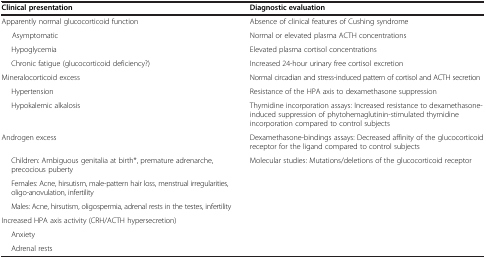
| Clinical presentation | Diagnostic evaluation |
 | --- | --- |
 | Apparently normal glucocorticoid function | Absence of clinical features of Cushing syndrome |
 | Asymptomatic | Normal or elevated plasma ACTH concentrations |
 | Hypoglycemia | Elevated plasma cortisol concentrations |
 | Chronic fatigue (glucocorticoid deficiency?) | Increased 24-hour urinary free cortisol excretion |
 | Mineralocorticoid excess | Normal circadian and stress-induced pattern of cortisol and ACTH secretion |
 | Hypertension | Resistance of the HPA axis to dexamethasone suppression |
 | Hypokalemic alkalosis | Thymidine incorporation assays: Increased resistance to dexamethasone-induced suppression of phytohemaglutinin-stimulated thymidine incorporation compared to control subjects |
 | Androgen excess | Dexamethasone-bindings assays: Decreased affinity of the glucocorticoid receptor for the ligand compared to control subjects |
 | Children: Ambiguous genitalia at birth*, premature adrenarche, precocious puberty | Molecular studies: Mutations/deletions of the glucocorticoid receptor |
 | Females: Acne, hirsutism, male-pattern hair loss, menstrual irregularities, oligo-anovulation, infertility |  |
 | Males: Acne, hirsutism, oligospermia, adrenal rests in the testes, infertility |  |
 | Increased HPA axis activity (CRH/ACTH hypersecretion) |  |
 | Anxiety |  |
 | Adrenal rests |  |